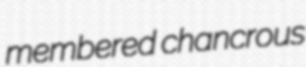
membered chancrous